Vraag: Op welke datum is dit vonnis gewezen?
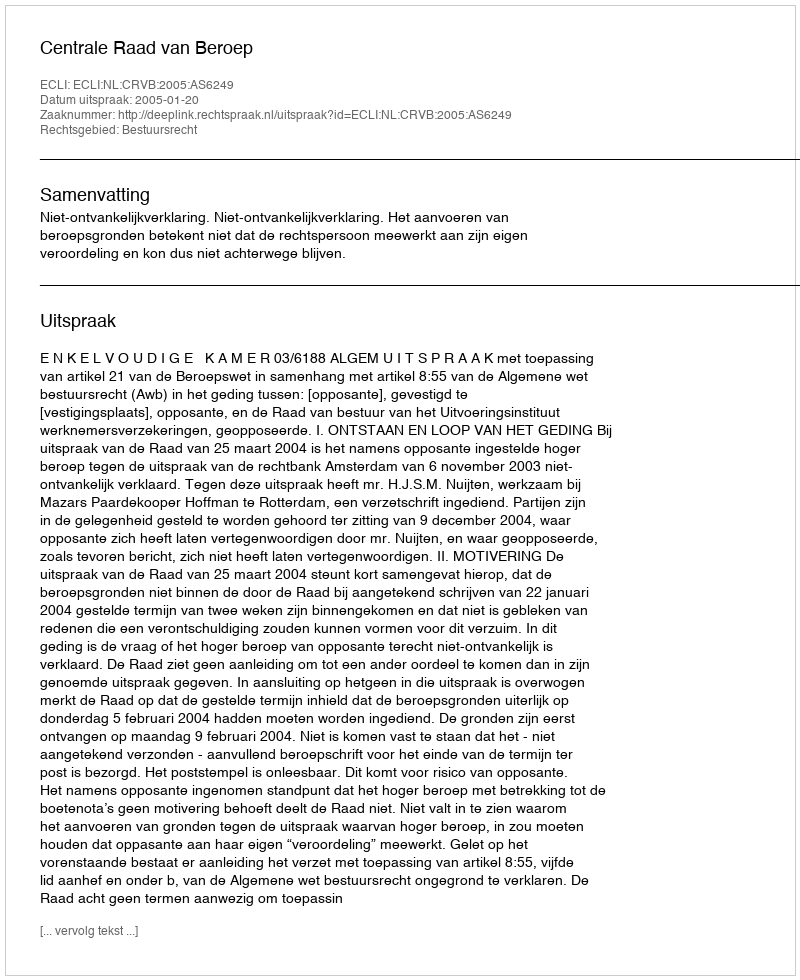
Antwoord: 2005-01-20